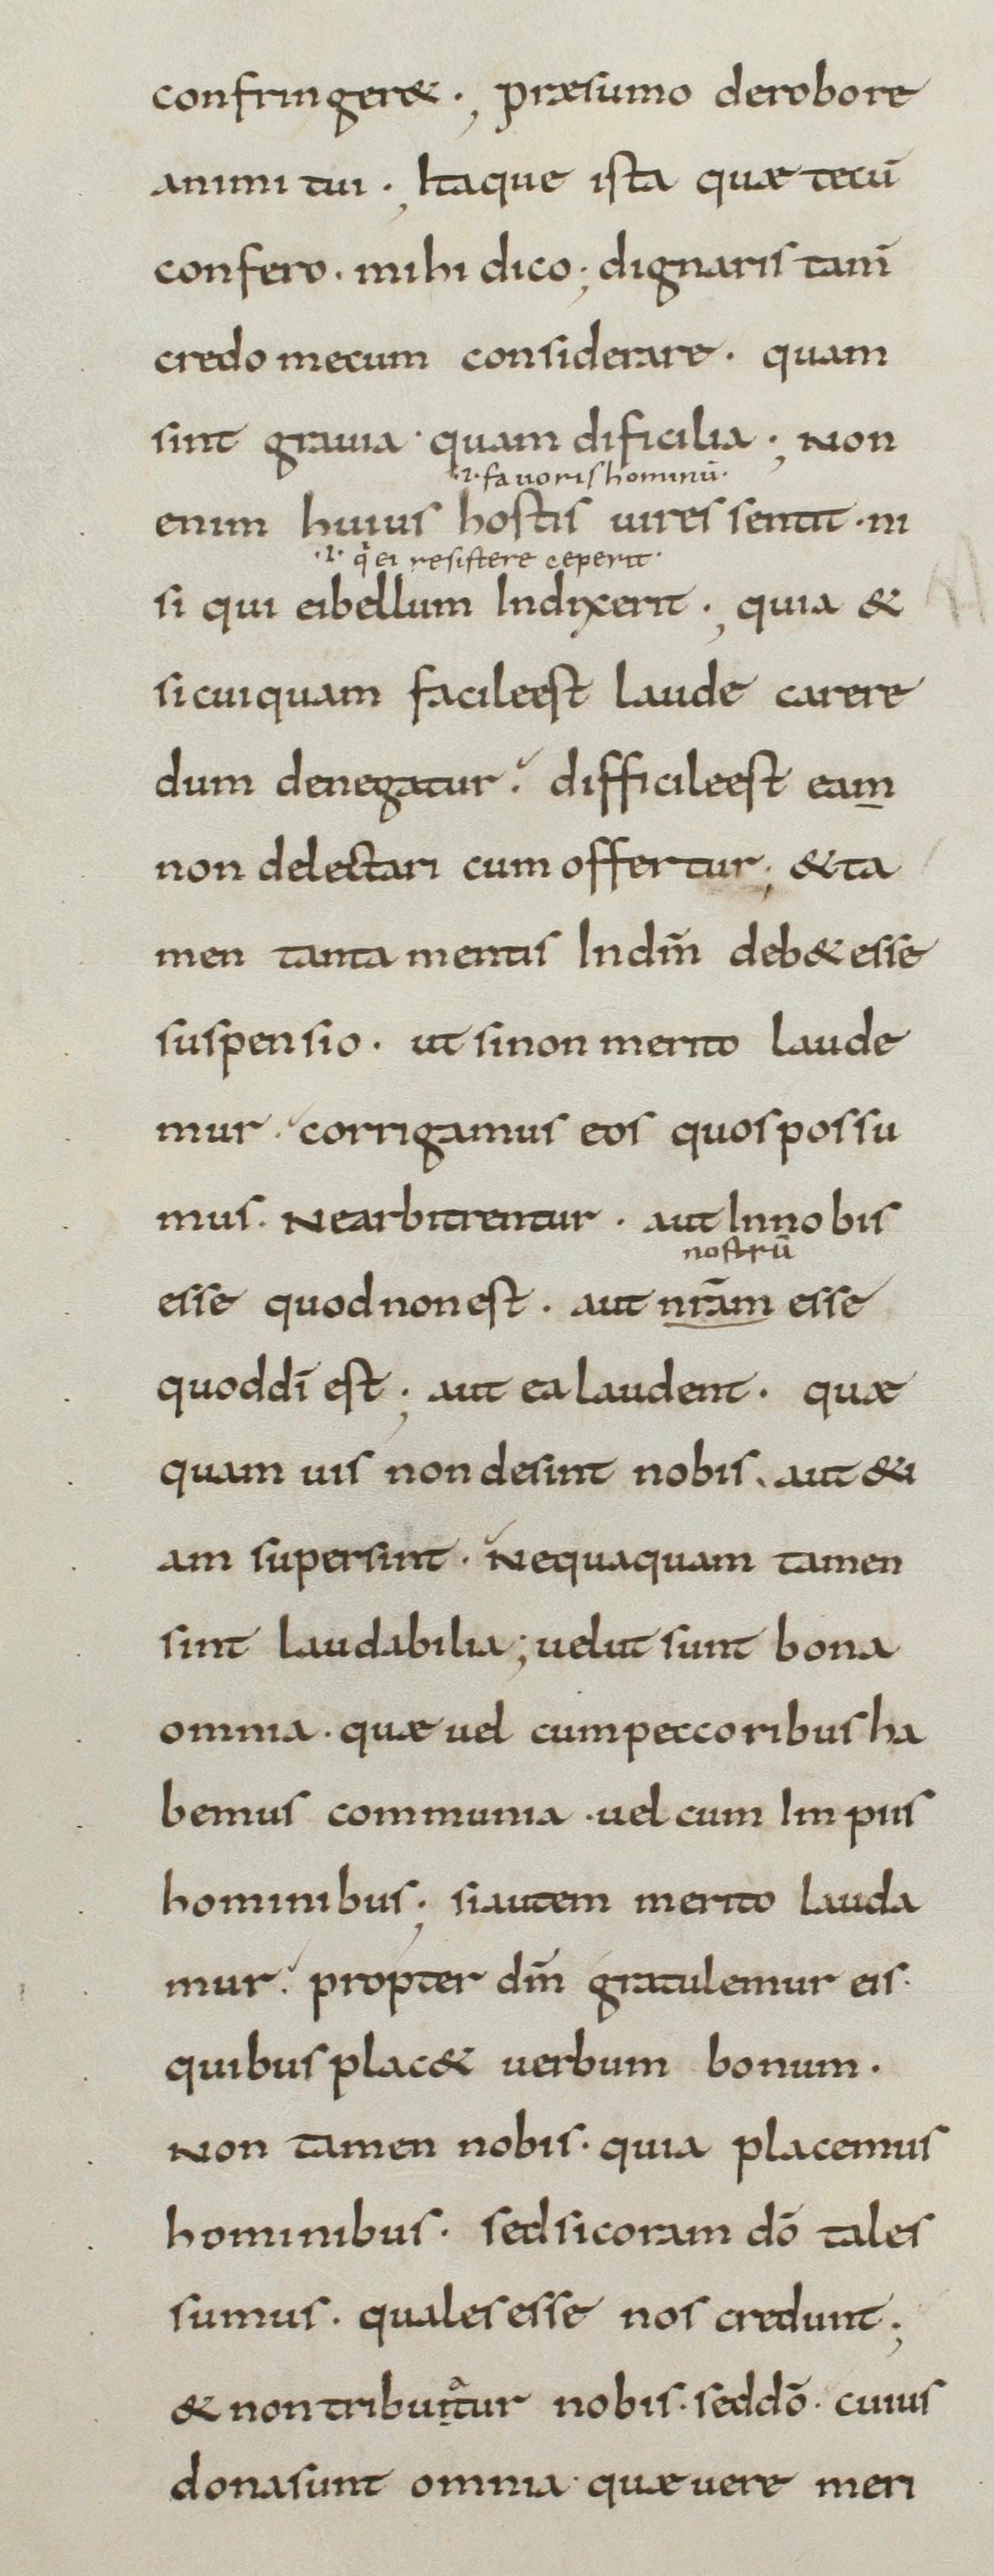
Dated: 800–899